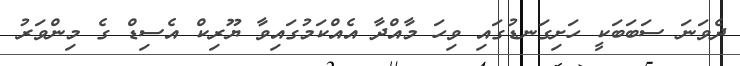
ދެވަނަ ސަބަބަކީ ހަށިގަނޑުގައި ވިހަ މާއްދާ އެއްކަމުގައިވާ ޔޫރިކް އެސިޑް ގެ މިންވަރު